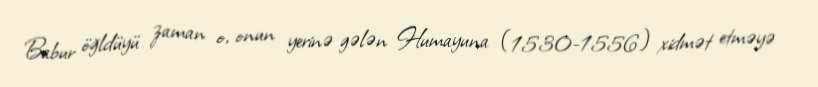
Babur öğldüyü zaman o, onun yerinə gələn Humayuna (1530-1556) xidmət etməyə